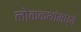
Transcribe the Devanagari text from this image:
लोककथांमध्ये